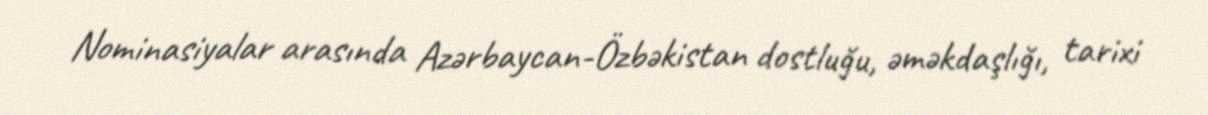
Nominasiyalar arasında Azərbaycan-Özbəkistan dostluğu, əməkdaşlığı, tarixi